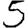
Digit: 5